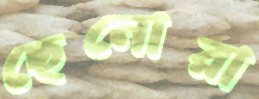
ছেনোরা